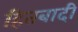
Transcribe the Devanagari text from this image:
हितबादी